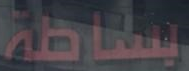
بساطة